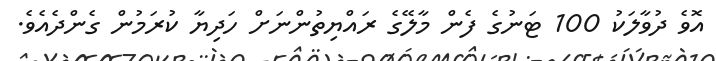
އޮވެ ދުވާލަކު 100 ޓަނުގެ ފެން މާލޭގެ ރައްޔިތުންނަށް ހަދިޔާ ކުރަމުން ގެންދެއެވެ.